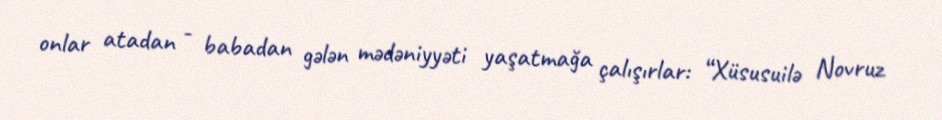
onlar atadan - babadan gələn mədəniyyəti yaşatmağa çalışırlar: “Xüsusuilə Novruz